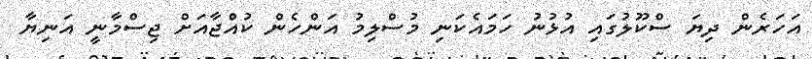
އަހަރެން ދިޔަ ސްކޫލުގައި އުޅުނު ހަމައެކަނި މުސްލިމު އަންހެން ކުއްޖާއަށް ޖިސްމާނީ އަނިޔާ